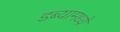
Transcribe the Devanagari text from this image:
डब्यामध्ये